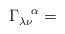
LaTeX: \begin{align*}\Gamma_{\lambda \nu}^{\hspace{.3 true cm} \alpha} =\end{align*}